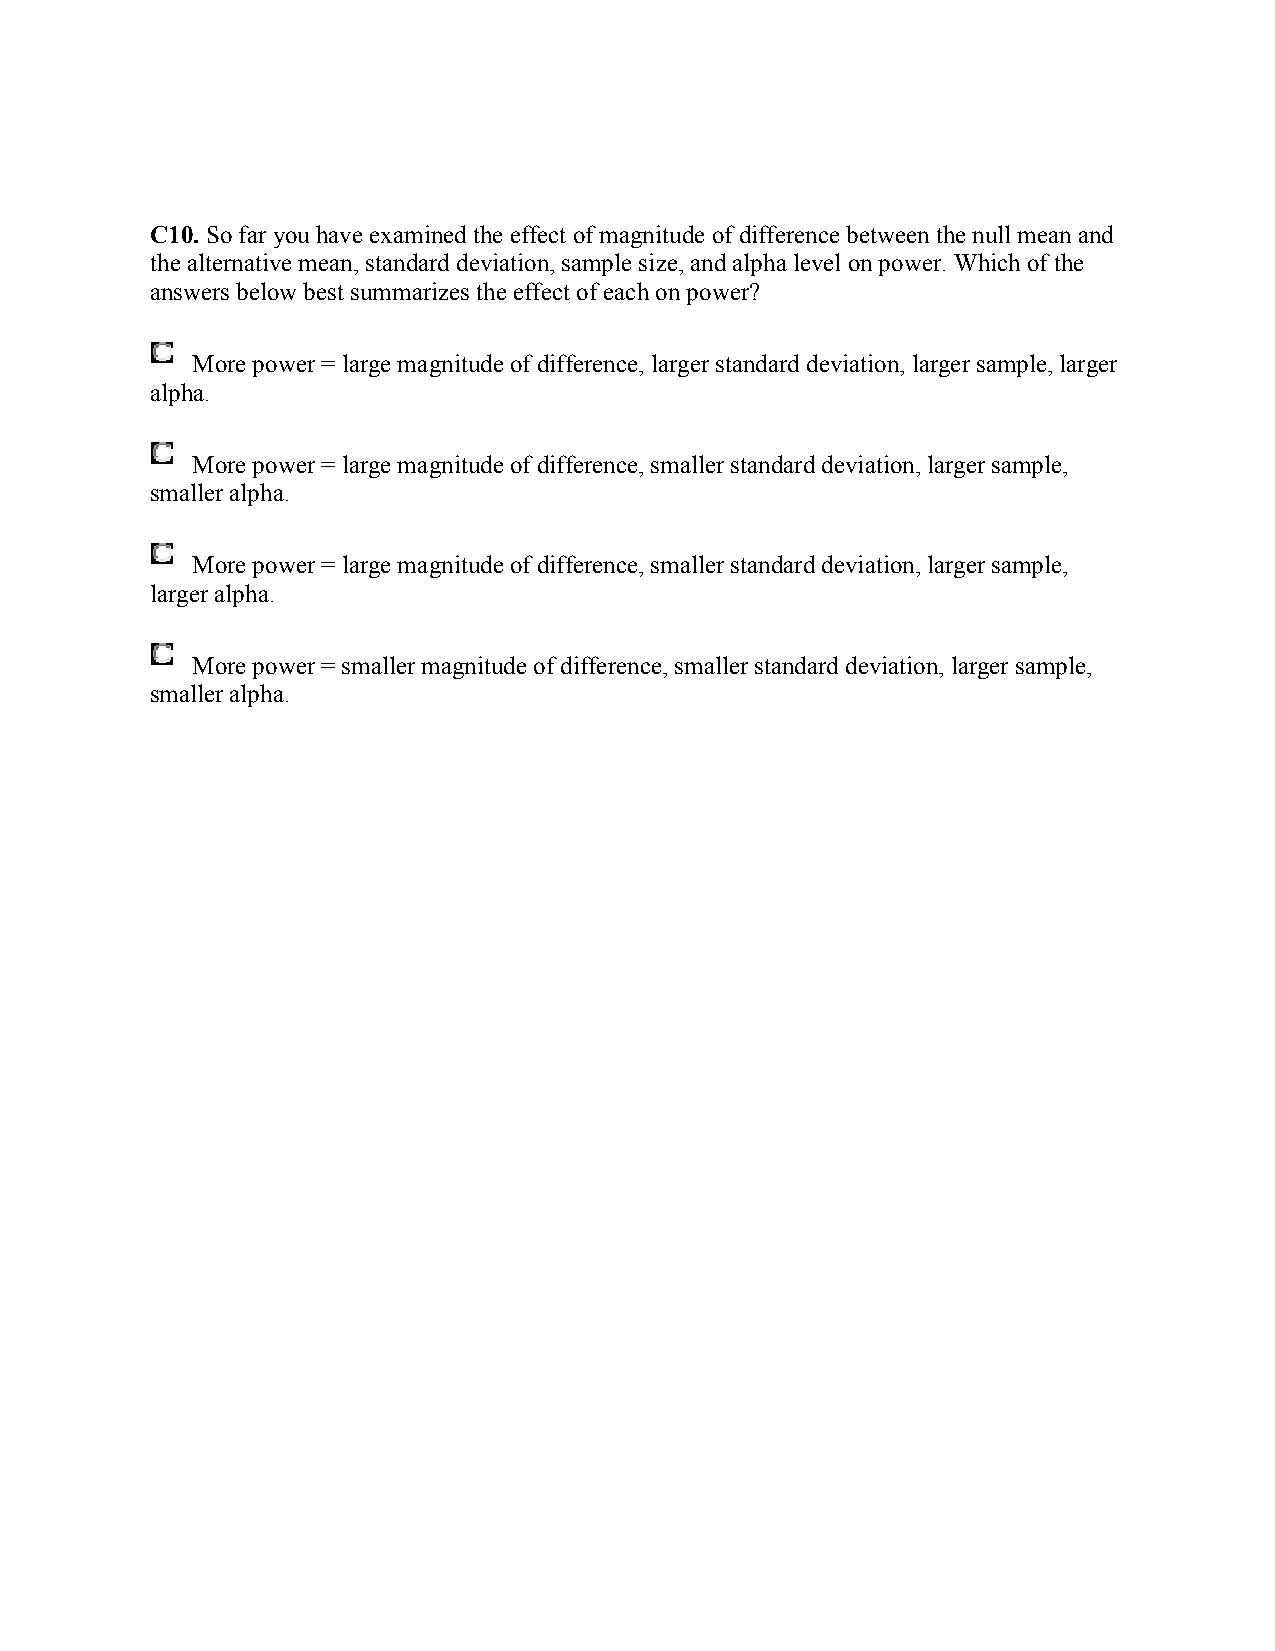
C10. So far you have examined the effect of magnitude of difference between the null mean and
 the alternative mean, standard deviation, sample size, and alpha level on power. Which of the
 answers below best summarizes the effect of each on power?
 More power = large magnitude of difference, larger standard deviation, larger sample, larger
 alpha.
 More power = large magnitude of difference, smaller standard deviation, larger sample,
 smaller alpha.
 More power = large magnitude of difference, smaller standard deviation, larger sample,
 larger alpha.
 More power = smaller magnitude of difference, smaller standard deviation, larger sample,
 smaller alpha.